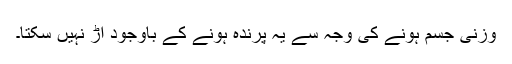
وزنی جسم ہونے کی وجہ سے یہ پرندہ ہونے کے باوجود اڑ نہیں سکتا۔